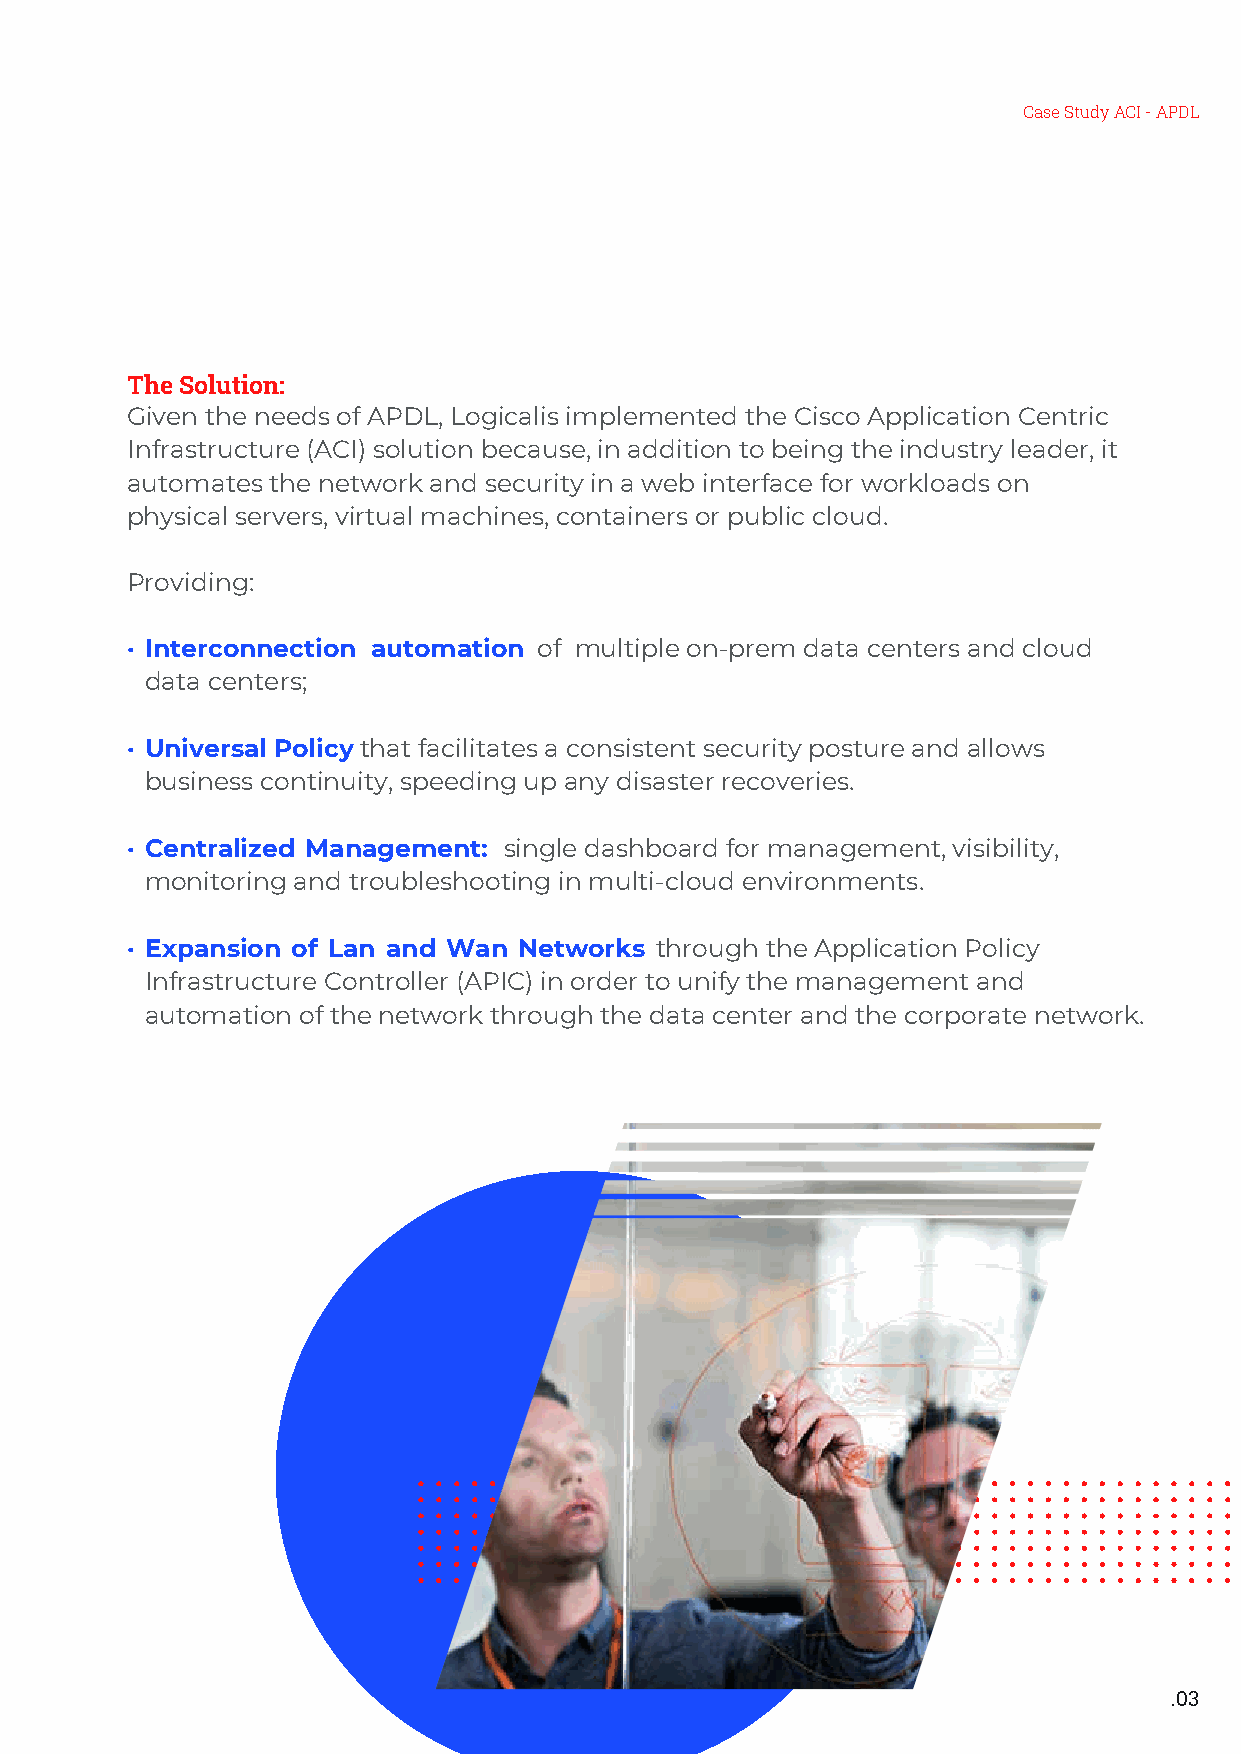
Case Study ACI - APDL
 The Solution:
 Given the needs of APDL, Logicalis implemented the Cisco Application Centric
 Infrastructure (ACI) solution because, in addition to being the industry leader, it
 automates the network and security in a web interface for workloads on
 physical servers, virtual machines, containers or public cloud.
 Providing:
 · Interconnection automation of multiple on-prem data centers and cloud
 data centers;
 · Universal Policy that facilitates a consistent security posture and allows
 business continuity, speeding up any disaster recoveries.
 · Centralized Management: single dashboard for management, visibility,
 monitoring and troubleshooting in multi-cloud environments.
 · Expansion of Lan and Wan Networks through the Application Policy
 Infrastructure Controller (APIC) in order to unify the management and
 automation of the network through the data center and the corporate network.
 .03